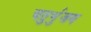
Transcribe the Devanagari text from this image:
चतुर्भुजय